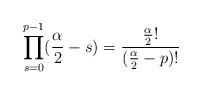
LaTeX: \begin{align*}\prod_{s=0}^{p-1}(\frac{\alpha}{2}-s) = \frac{\frac{\alpha}{2}!}{(\frac{\alpha}{2}-p)!}\end{align*}